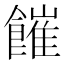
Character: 𩞅